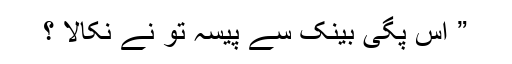
” اس پِگّی بینک سے پیسہ تو نے نکالا ؟